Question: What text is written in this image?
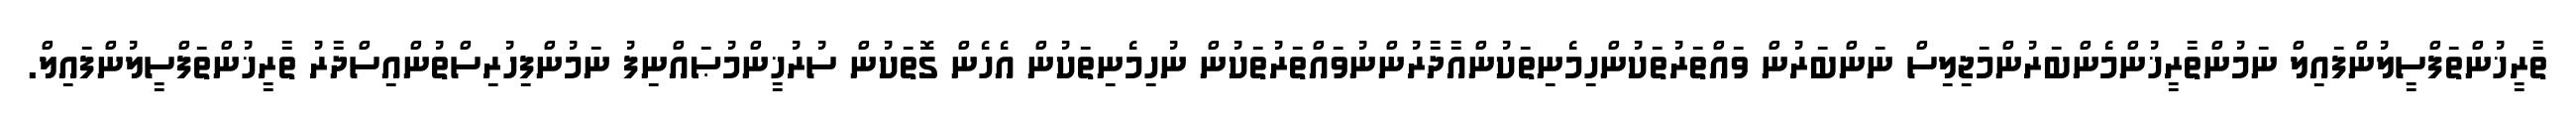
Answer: ތާރީޚުންތަފްސީލުންފައިލް ނަމުންތާރީޚުންމެންބަރުންމަޖިލިސް ނަންބަރުން ވައްތަރުތަކުންހިމެނިތަކުންއާދާރުންނުވައްތަރުތަކުން ނުހިމެނިތަކުން އެހެން ގޮތަކުން ސުރުޚީންމުޞައްނިފު ނަމުންފިހުރިސްތުންއިސްދާރު ތާރީޚުންތަފްސީލުންފައިލް.